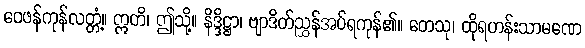
ဝေဖန်ကုန်လတ္တံ့။ ဣတိ၊ ဤသို့။ နိဒ္ဒိဋ္ဌာ၊ ဗျာဒိတ်ညွှန်အပ်ရကုန်၏။ တေသု၊ ထိုရဟန်းသာမဏေ